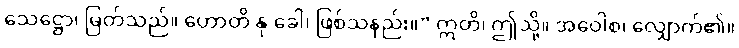
သေဋ္ဌော၊ မြတ်သည်။ ဟောတိ နု ခေါ၊ ဖြစ်သနည်း။” ဣတိ၊ ဤသို့။ အဝေါစ၊ လျှောက်၏။